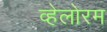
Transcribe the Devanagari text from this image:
व्हेलोरम